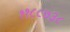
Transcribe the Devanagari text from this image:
११८८७३८